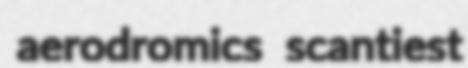
aerodromics scantiest